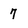
Character: 7